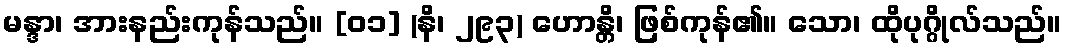
မန္ဒာ၊ အားနည်းကုန်သည်။ [၀၁] (နိ၊ ၂၉၃) ဟောန္တိ၊ ဖြစ်ကုန်၏။ သော၊ ထိုပုဂ္ဂိုလ်သည်။